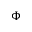
\Phi